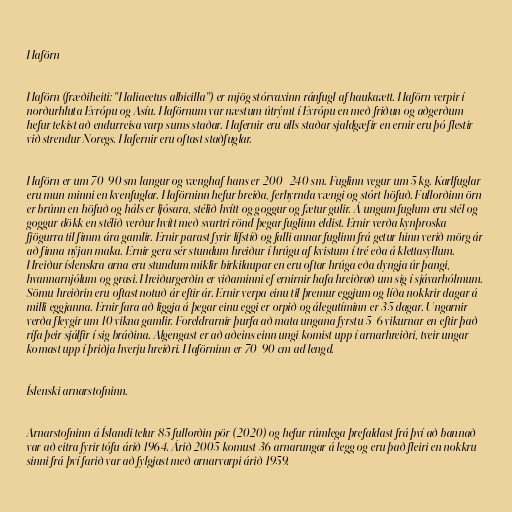
Haförn

Haförn (fræðiheiti: "Haliaeetus albicilla") er mjög stórvaxinn ránfugl af haukaætt. Haförn verpir í
norðurhluta Evrópu og Asíu. Haförnum var næstum útrýmt í Evrópu en með friðun og aðgerðum
hefur tekist að endurreisa varp sums staðar. Hafernir eru alls staðar sjaldgæfir en ernir eru þó flestir
við strendur Noregs. Hafernir eru oftast staðfuglar.

Haförn er um 70-90 sm langur og vænghaf hans er 200 -240 sm. Fuglinn vegur um 5 kg. Karlfuglar
eru mun minni en kvenfuglar. Haförninn hefur breiða, ferhyrnda vængi og stórt höfuð. Fullorðinn örn
er brúnn en höfuð og háls er ljósara, stélið hvítt og goggur og fætur gulir. Á ungum fuglum eru stél og
goggur dökk en stélið verður hvítt með svartri rönd þegar fuglinn eldist. Ernir verða kynþroska
fjögurra til fimm ára gamlir. Ernir parast fyrir lífstíð og falli annar fuglinn frá getur hinn verið mörg ár
að finna nýjan maka. Ernir gera sér stundum hreiður í hrúgu af kvistum í tré eða á klettasyllum.
Hreiður íslenskra arna eru stundum miklir birkilaupar en eru oftar hrúga eða dyngja úr þangi,
hvannarnjólum og grasi. Hreiðurgerðin er viðaminni ef ernirnir hafa hreiðrað um sig í sjávarhólmum.
Sömu hreiðrin eru oftast notuð ár eftir ár. Ernir verpa einu til þremur eggjum og líða nokkrir dagar á
milli eggjanna. Ernir fara að liggja á þegar einu eggi er orpið og álegutíminn er 35 dagar. Ungarnir
verða fleygir um 10 vikna gamlir. Foreldrarnir þurfa að mata ungana fyrstu 5-6 vikurnar en eftir það
rífa þeir sjálfir í sig bráðina. Algengast er að aðeins einn ungi komist upp í arnarhreiðri, tveir ungar
komast upp í þriðja hverju hreiðri. Haförninn er 70-90 cm ađ lengd.

Íslenski arnarstofninn.

Arnarstofninn á Íslandi telur 85 fullorðin pör (2020) og hefur rúmlega þrefaldast frá því að bannað
var að eitra fyrir tófu árið 1964. Árið 2005 komust 36 arnarungar á legg og eru það fleiri en nokkru
sinni frá því farið var að fylgjast með arnarvarpi árið 1959.